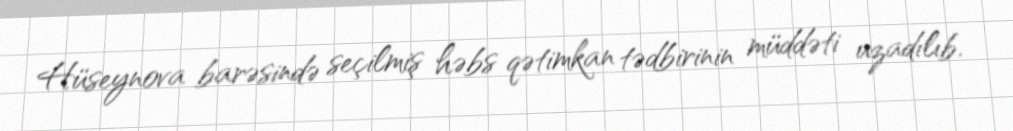
Hüseynova barəsində seçilmiş həbs qətimkan tədbirinin müddəti uzadılıb.